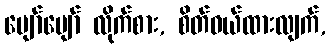
ပျော်ပျော် လိုက်စား, စိတ်ဝယ်ထားလျက်,